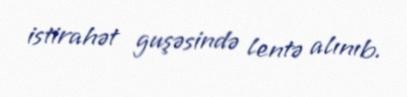
istirahət guşəsində lentə alınıb.